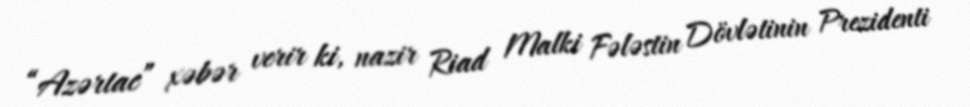
“Azərtac” xəbər verir ki, nazir Riad Malki Fələstin Dövlətinin Prezidenti